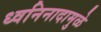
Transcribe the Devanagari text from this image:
ध्वनिनादामुळे